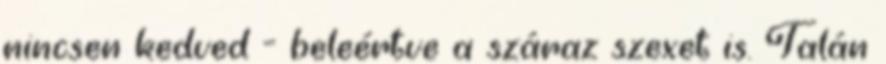
nincsen kedved - beleértve a száraz szexet is. Talán